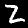
Label: 2